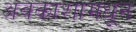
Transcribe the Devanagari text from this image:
अवकाशामधून